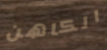
الكاهن